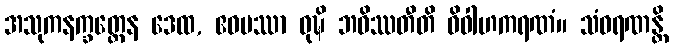
အသုကနက္ခတ္တေန ဒေထ, ဧဝမဿာ ဝုဍ္ဎိ ဘဝိဿတီတိ ဝိဝါဟကရဏံ။ သံဝရဏန္တိ